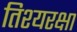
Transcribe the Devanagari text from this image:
तिश्यरक्षा